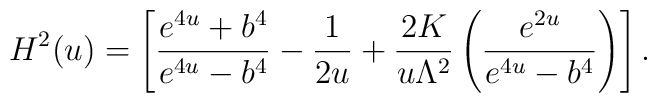
H^2(u)=\left[\frac{e^{4u}+b^4}{e^{4u}-b^4}-\frac{1}{2u}+\frac{2K}{u \Lambda^2}\left(\frac{e^{2u}}{e^{4u}-b^4}\right)\right].